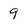
Character: 9